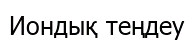
Иондық теңдеу